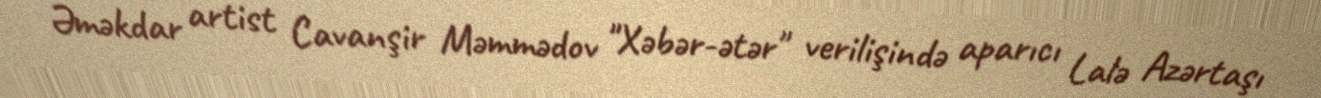
Əməkdar artist Cavanşir Məmmədov "Xəbər-ətər" verilişində aparıcı Lalə Azərtaşı